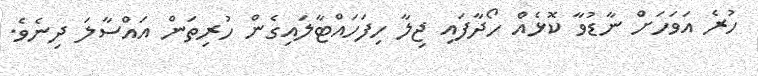
ހުރެ އަވަހަށް ނާޑުވާ ކޮޅެއް ހޯދާފައި ޖިލާ ހިފަހައްޓާލައިގެން ހުރިތަން އައްސާލަ ދިނެވެ.